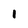
Character: I